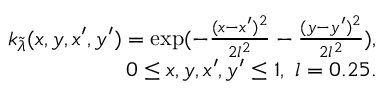
\begin{array} { r } { k _ { \tilde { \lambda } } ( x , y , x ^ { \prime } , y ^ { \prime } ) = \exp ( - \frac { ( x - x ^ { \prime } ) ^ { 2 } } { 2 l ^ { 2 } } - \frac { ( y - y ^ { \prime } ) ^ { 2 } } { 2 l ^ { 2 } } ) , } \\ { 0 \le x , y , x ^ { \prime } , y ^ { \prime } \le 1 , ~ l = 0 . 2 5 . } \end{array}